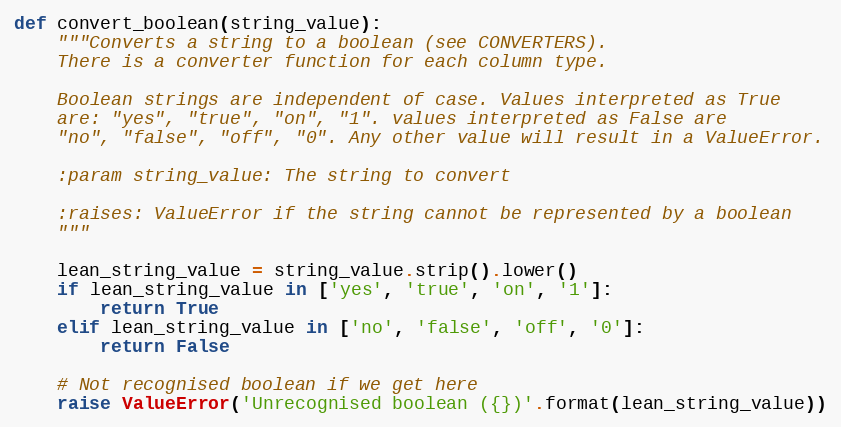
Language: Python
def convert_boolean(string_value):
    """Converts a string to a boolean (see CONVERTERS).
    There is a converter function for each column type.

    Boolean strings are independent of case. Values interpreted as True
    are: "yes", "true", "on", "1". values interpreted as False are
    "no", "false", "off", "0". Any other value will result in a ValueError.

    :param string_value: The string to convert

    :raises: ValueError if the string cannot be represented by a boolean
    """

    lean_string_value = string_value.strip().lower()
    if lean_string_value in ['yes', 'true', 'on', '1']:
        return True
    elif lean_string_value in ['no', 'false', 'off', '0']:
        return False

    # Not recognised boolean if we get here
    raise ValueError('Unrecognised boolean ({})'.format(lean_string_value))